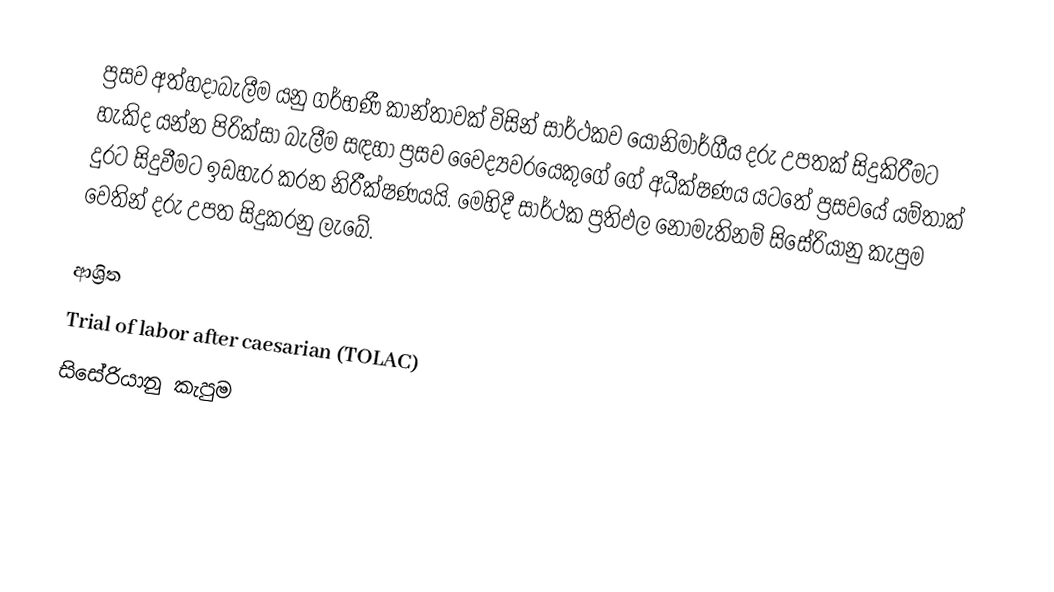
ප්‍රසව අත්හදාබැලීම යනු ගර්භණී කාන්තාවක් විසින් සාර්ථකව  යෝනිමාර්ගීය දරු උපතක් සිදුකිරීමට හැකිද යන්න පිරික්සා බැලීම සඳහා  ප්‍රසව වෛද්‍යවරයෙකුගේ ගේ අධීක්ෂණය යටතේ ප්‍රසවයේ යම්තාක් දුරට  සිදුවීමට ඉඩහැර කරන නිරීක්ෂණයයි. මෙහිදී සාර්ථක ප්‍රතිඵල නොමැතිනම් සිසේරියානු කැපුම වෙතින් දරු උපත සිදුකරනු ලැබේ.

ආශ්‍රිත
 Trial of labor after caesarian (TOLAC)
 සිසේරියානු කැපුම